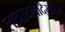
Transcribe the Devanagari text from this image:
लावायलादेखील